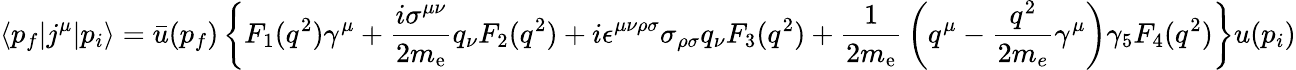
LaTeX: \langle p_{f}|j^{\mu}|p_{i}\rangle={\bar{u}}(p_{f})\left\{ F_{1}(q^{2})\gamma^{\mu}+{\frac{i\sigma^{\mu\nu}}{2m_{\mathrm{{e}}}}}q_{\nu}F_{2}(q^{2})+i\epsilon^{\mu\nu\rho\sigma}\sigma_{\rho\sigma}q_{\nu}F_{3}(q^{2})+{\frac{1}{2m_{\mathrm{{e}}}}}\left(q^{\mu}-{\frac{q^{2}}{2m_{e}}}\gamma^{\mu}\right)\gamma_{5}F_{4}(q^{2})\right\} u(p_{i})